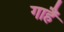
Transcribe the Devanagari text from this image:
गाहैं